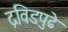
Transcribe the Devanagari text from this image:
द्रविडपुढे